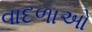
વાદળાઓ